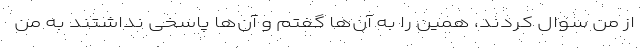
از من سوال کردند، همین را به آن‌ها گفتم و آن‌ها پاسخی نداشتند به من